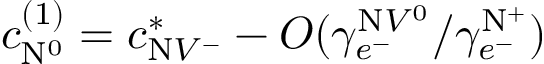
c _ { \mathrm { N } ^ { 0 } } ^ { ( 1 ) } = c _ { \mathrm { N } V ^ { - } } ^ { * } - O ( { \gamma _ { e ^ { - } } ^ { \mathrm { N } V ^ { 0 } } / { \gamma _ { e ^ { - } } ^ { \mathrm { N } ^ { + } } } } )